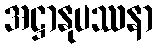
အဋ္ဌာနုပဿနာ